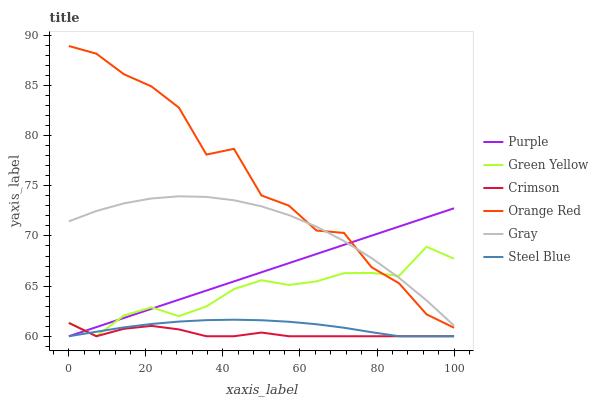
| xaxis_label | Purple | Green Yellow | Crimson | Orange Red | Gray | Steel Blue |
 | --- | --- | --- | --- | --- | --- | --- |
 | 0 | 60 | 61.4 | 61.3 | 88.9 | 71.5 | 60 |
 | 7.14 | 60.9 | 60 | 60 | 88.2 | 72.5 | 60.4 |
 | 14.3 | 61.8 | 62.1 | 60.7 | 86.1 | 73.2 | 60.9 |
 | 21.4 | 62.7 | 62.9 | 61 | 84.9 | 73.7 | 61.2 |
 | 28.6 | 63.6 | 62 | 60.7 | 82.8 | 74 | 61.5 |
 | 35.7 | 64.6 | 63 | 60 | 78.1 | 73.9 | 61.6 |
 | 42.9 | 65.5 | 64.7 | 60 | 78.7 | 73.6 | 61.7 |
 | 50 | 66.4 | 65.6 | 60.4 | 74 | 73 | 61.6 |
 | 57.1 | 67.3 | 65.1 | 60 | 73 | 72.1 | 61.4 |
 | 64.3 | 68.2 | 65.5 | 60 | 70.5 | 70.9 | 61.2 |
 | 71.4 | 69.1 | 66.3 | 60 | 70.3 | 69.5 | 60.8 |
 | 78.6 | 70 | 66.3 | 60 | 66.9 | 67.8 | 60.4 |
 | 85.7 | 70.9 | 66 | 60 | 65.3 | 65.8 | 60 |
 | 92.9 | 71.8 | 68.9 | 60 | 62.2 | 63.6 | 60 |
 | 100 | 72.8 | 67.7 | 60 | 60.8 | 61.1 | 60 |